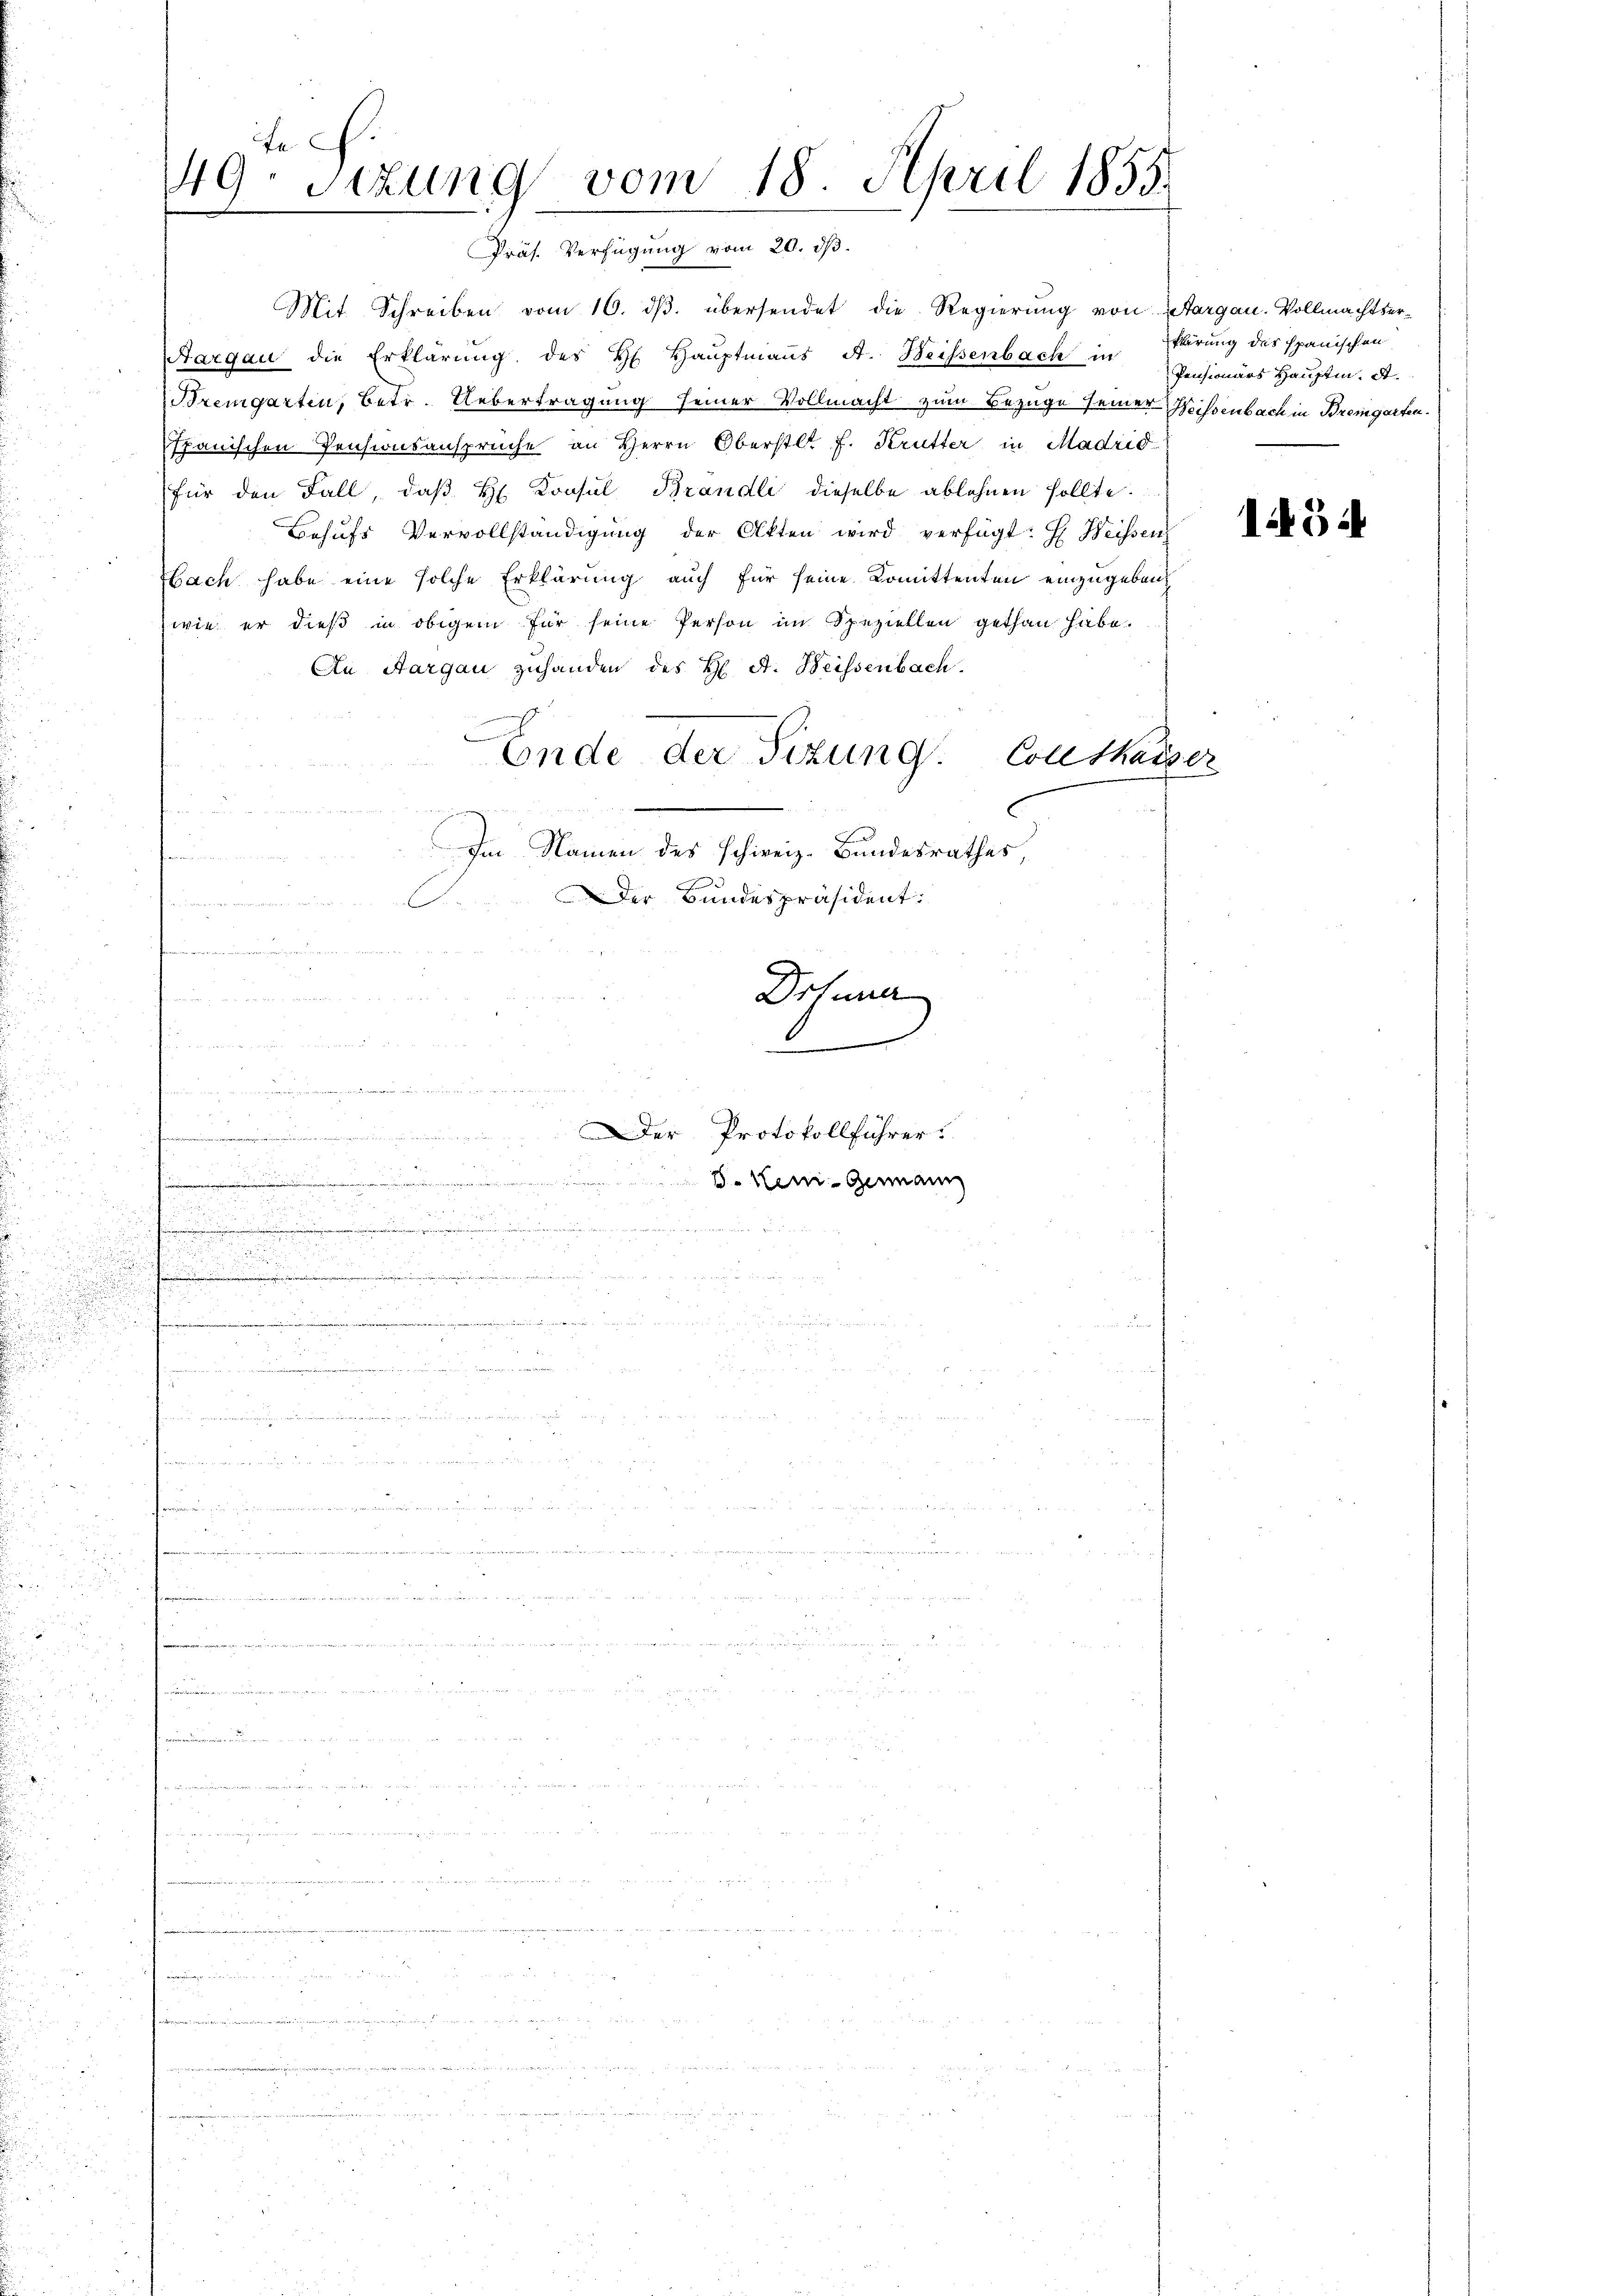
u

Mit Schreiben vom 16. dβ. übersendet die Regierung von Aargau. Vollmachtser¬
Aargau die Erklärŭng des H. Haŭptmanns A. Weissenbach in Klärung des Spanischen
Bremgarten, Betr. Uebertragung seiner Vollmacht zum Bezuge seiner Weissenbach in Bremgarten.
spanischen Pensionsansprüche an Herrn Oberstl. F. Krutter in Madrid
für den Fall, daß H. Konsul Brandi dieselbe ablehnen sollte.
Behufs Vervollständigung der Otten wird verfügt: H. Weissen
bach habe eine solche Erklärung auch für seine Komittenten einzugeben
wie er dieß in obigem für seine Person im Speziellen gethan habe.
An Aargau zuhanden des H A. Weissenbach.
Ende der Sitzung. Collthaiser
Im Namen des schweiz. Bundesrathes,
Der Bundespräsident:
ve
.
u
Drtuner
Per Meinen in der den
e
 w
2
 23
.Der Protokollführer:
e

u.
. Neui- Genann
J. We
2
d

.
a
..........................
.

.

u
r
e

8
2

5

1
49. Sitzung vom 18. April 1833.
Präs. Verfügung vom 20. ds.

.
2
.

n

Pensionärs Haupten. A

154